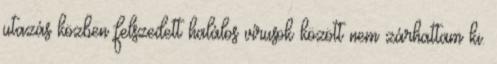
utazás közben felszedett halálos vírusok között nem zárhattam ki.